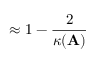
\approx 1 - { \frac { 2 } { \kappa ( \mathbf { A } ) } }